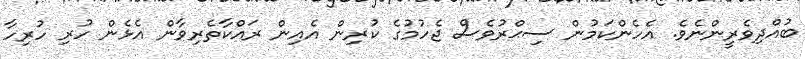
ބުއްދިވެރީންނެވެ. އެހެންކަމުން ސިޙްރުވެސް ޖެހުމުގެ ކުރިން އެއިން ރައްކާތެރިވާން އެޅެން ހުރި ހުރިހާ